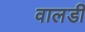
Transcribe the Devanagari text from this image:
वालडी